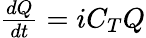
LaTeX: \begin{array}{r}{\frac{dQ}{dt}=iC_{T}Q}\end{array}